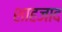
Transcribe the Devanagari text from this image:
शाहजाद